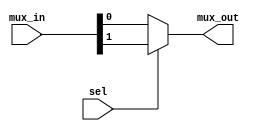
`timescale 1ns / 1ps
//////////////////////////////////////////////////////////////////////////////////
// Company: 
// Engineer: 
// 
// Design Name: 
// Module Name:    mux_21_simple 
// Project Name: 
// Target Devices: 
// Tool versions: 
// Description: 
//
// Dependencies: 
//
// Revision: 
// Revision 0.01 - File Created
// Additional Comments: 
//
//////////////////////////////////////////////////////////////////////////////////
module mux_21_simple(mux_in, sel, mux_out);

//Declare inputs/outputs
input sel;
input [1:0] mux_in;
output mux_out;

assign mux_out = (sel) ? mux_in[1] : mux_in[0];

endmodule